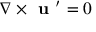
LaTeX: \nabla \times { \textbf { u } } ^ { \prime } = 0